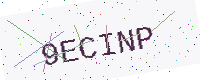
Text: 9ECINP